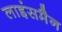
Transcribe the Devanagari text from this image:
लाइंसमैन